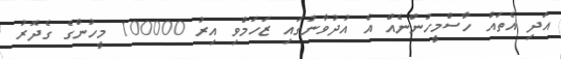
އަދި އެތައް ހާސްމީހުންނެއް އެ އުދުވާނުގައި ޒަހަމްވި އިރު 100000 މީހުންގެ ގެދޮރު